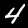
Digit: 4